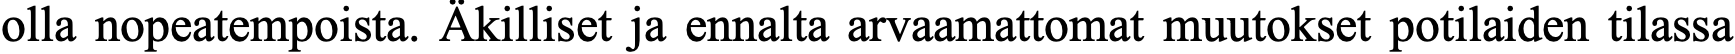
olla nopeatempoista. Äkilliset ja ennalta arvaamattomat muutokset potilaiden tilassa